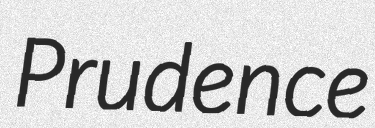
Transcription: Prudence